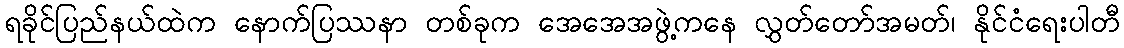
ရခိုင်ပြည်နယ်ထဲက နောက်ပြဿနာ တစ်ခုက အေအေအဖွဲ့ကနေ လွှတ်တော်အမတ်၊ နိုင်ငံရေးပါတီ